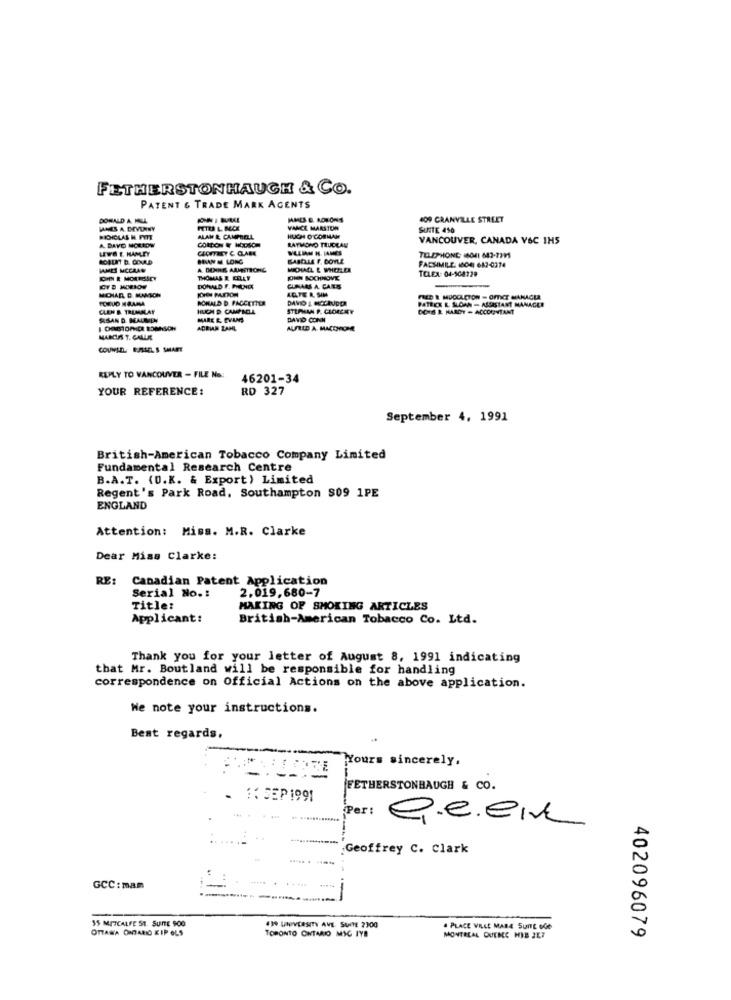
FETHERSTONHAUGH & Co.
PATENT & TRADE MARK AGENTS
DONALD A FUL
409 GRANVILLE STREET
VANCE MARSTON
SUNTE 450
ALAN &. CAMPBELL
CORDON & NCOSOM
HUCH O CORMAN
RATMONO TRUCEAN
VANCOUVER, CANADA V&C IHS
LEWS E. HAMLEY
A. BAYD NORLOW
GEOFFREY C CLARE
WILLIAM H. JAMES
BINAM M. LONG
KABELLE F. BOYLE
TELEPHONE 4041 843-7795
FACSIMILE. (804 6A2-0374
JAMES MCCAAN
A DIOXINE ARMSTRONG
MIDIALL & WHERE
TELEX: 04-904729
DHIN E MORRESSEY
THOMAS R KELLY
KOPEN PADON
DONALD F. PHILNDE
CUNAMS A. CARS
FCMUD H RAMA
NOHALD D. FACCETTER
FRED & MUCCA CION - OFFICE MANAGER
CLEN B. TREMBLAY
HUCH D CAMPBELL
STEPHAN P. CLORCEY
PATECK &. SLOAN - ASSISTANT MANAGER
DOIS &. HARDY - ACCOUNTANT
SUSAN D. MALIEN
MARE E. EVANS
DAVID CONN
ICHBIONIC SOMSON
ACRIAN ZAHL
AUFELD A MACCHIONE
MARCUS T. CALLE
COUNSEL. EJSSEL S SMART
REPLY TO VANCOUVER - FILE No:
46201-34
YOUR REFERENCE:
RD 327
September 4, 1991
British-American Tobacco Company Limited
Fundamental Research Centre
B.A.T. (0.K. & Export) Limited
Regent's Park Road, Southampton $09 1PE
ENGLAND
Attention: Miss. M.R. Clarke
Dear Miss Clarke:
RE
Canadian Patent Application
2.019,680-7
Serial No .:
Title:
MAKING OF SMOKING ARTICLES
Applicant:
British-American Tobacco Co. Ltd.
Thank you for your letter of August 8, 1991 indicating
that Mr. Boutland will be responsible for handling
correspondence on Official Actions on the above application.
We note your instructions.
Best regards.
Yours sincerely.
FETHERSTONBAUGH & CO.
. :: SEP 1991
Per:
Q.e.eIL
....
Geoffrey C. Clark
GCC: mam
35 METCALFE ST. SUITE 900
OTTAWA ONTARIO KIP OLS
430 UNIVERSITY AVE, SAMTE 2300
TORONTO ONTARIO MIG IYE
. PLACE VILLE MARE SUITE OG6
MONTREAL QUEME HIB 2E7
402096079